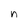
Character: n